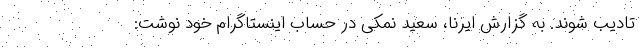
تادیب شوند. به گزارش ایرنا، سعید نمکی در حساب اینستاگرام خود نوشت: